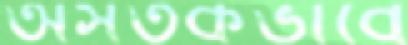
অসতর্কভাবে